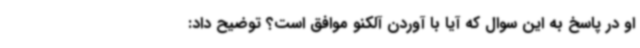
او در پاسخ به این سوال که آیا با آوردن آلکنو موافق است؟ توضیح داد: